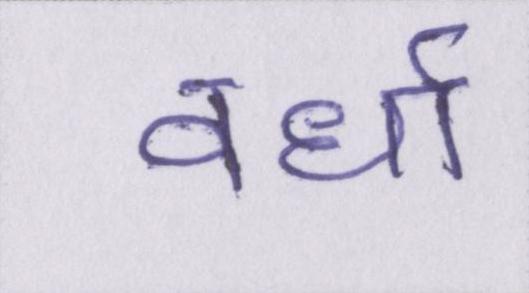
वर्धा